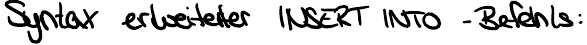
Syntax erweiterter INSERT INTO -Befehls: